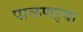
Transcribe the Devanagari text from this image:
पाळणऱ्या